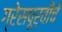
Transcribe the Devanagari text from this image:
ग्रेसपूर्वीचे